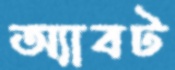
অ্যাবট